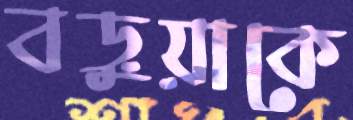
বড়ুয়াকে